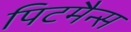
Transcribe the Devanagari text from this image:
पिटमैन्स